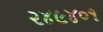
૨૪૯૪૦૧